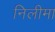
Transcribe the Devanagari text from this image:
निलीमा